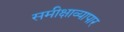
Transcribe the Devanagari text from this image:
समीक्षाव्यापार